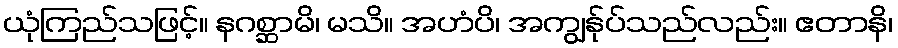
ယုံကြည်သဖြင့်။ နဂစ္ဆာမိ၊ မသိ။ အဟံပိ၊ အကျွန်ုပ်သည်လည်း။ ဧတာနိ၊